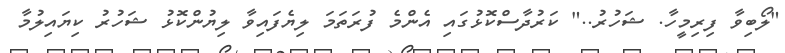
"ލޯބިވާ ފިިރިމީހާ. ޝަހުރު.." ކަރުދާސްކޮޅުގައި އެންމެ ފުރަތަމަ ލިޔެފައިވާ ލިޔުންކޮޅު ޝަހުރު ކިޔައިލުމާ